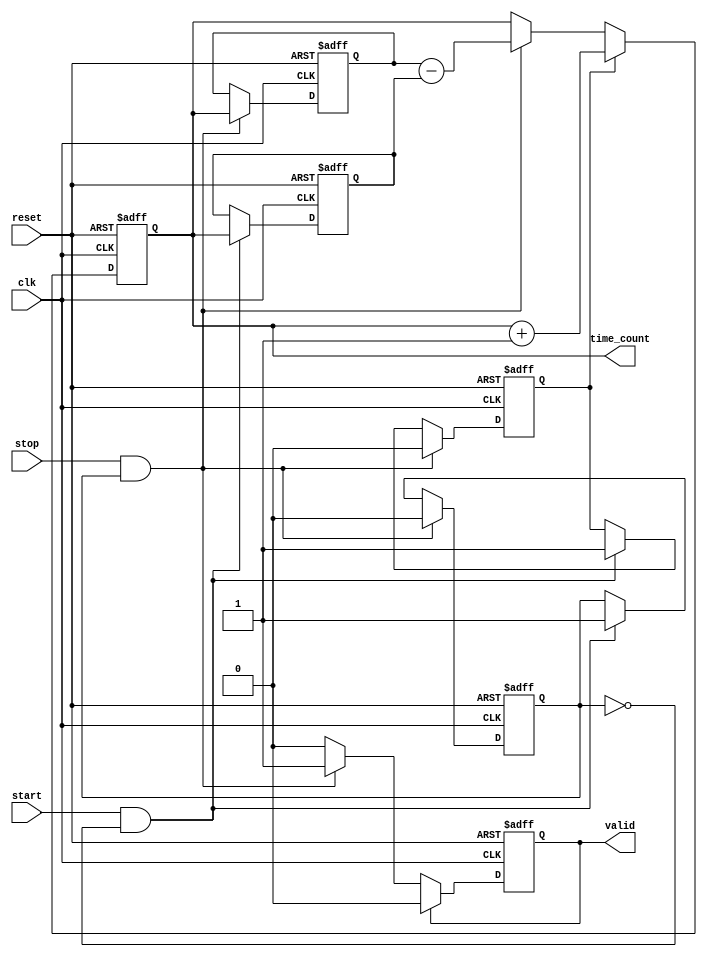
module Synchronized_TDC (
    input wire clk,         // Clock signal
    input wire start,       // Start signal
    input wire stop,        // Stop signal
    input wire reset,       // Reset signal
    output reg [N-1:0] time_count, // Time count output
    output reg valid        // Valid signal output
);
    parameter N = 16; // Number of bits for the time count

    reg [N-1:0] start_time;    // Store start timestamp
    reg [N-1:0] stop_time;     // Store stop timestamp
    reg counting;              // Flag to indicate if counting is active
    reg start_detected;        // Flag to indicate if start has been detected

    // Edge detection and counting logic
    always @(posedge clk or posedge reset) begin
        if (reset) begin
            time_count <= 0;
            start_time <= 0;
            stop_time <= 0;
            valid <= 0;
            counting <= 0;
            start_detected <= 0;
        end else begin
            // Start signal detection
            if (start && !start_detected) begin
                start_time <= time_count; // Latch the start time
                start_detected <= 1;       // Set start detected flag
                counting <= 1;             // Enable counting
            end
            
            // Stop signal detection
            if (stop && start_detected) begin
                stop_time <= time_count;   // Latch the stop time
                counting <= 0;             // Disable counting
                time_count <= stop_time - start_time; // Calculate time interval
                valid <= 1;                // Set valid signal
                start_detected <= 0;       // Reset start detected flag
            end
            
            // Counting logic
            if (counting) begin
                time_count <= time_count + 1; // Increment counter
            end

            // Reset valid signal after reading
            if (valid) begin
                valid <= 0; // Clear valid signal after it has been read
            end
        end
    end

endmodule